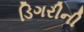
ડિગરીની